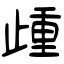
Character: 歱